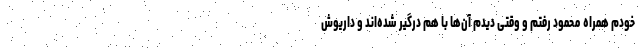
خودم همراه محمود رفتم و وقتی دیدم آن‌ها با هم درگیر شده‌اند و داریوش